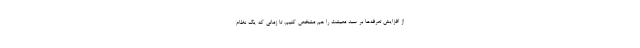
از افزایش تعرفه‌ها بر سبد معیشت را هم مشخص کنیم. تا زمانی که یک نظام